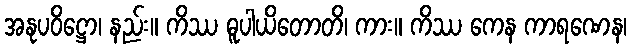
အနုပဝိဋ္ဌော၊ နည်း။ ကိဿ ဓူပါယိတောတိ၊ ကား။ ကိဿ ကေန ကာရဏေန၊